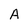
Character: A